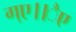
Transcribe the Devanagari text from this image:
ग्ए।।ैए